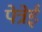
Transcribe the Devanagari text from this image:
पेत्रेई